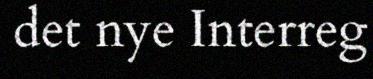
det nye Interreg